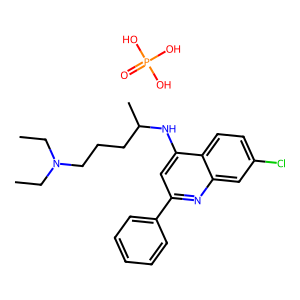
SMILES: CCN(CC)CCCC(C)Nc1cc(-c2ccccc2)nc2cc(Cl)ccc12.O=P(O)(O)O
Inhibits HIV replication: No